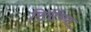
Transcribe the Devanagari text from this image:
रितींच्या